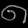
Digit: ၈